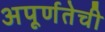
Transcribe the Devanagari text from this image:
अपूर्णतेची